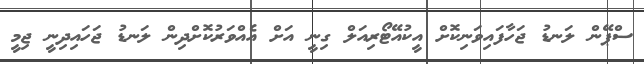
ސްޕޭން ލަނޑު ޖަހާފައިވަނިކޮށް އީކުއޭޓޯރިއަލް ގިނީ އަށް އެއްވަރުކޮށްދިން ލަނޑު ޖަހައިދިނީ ޖިމީ